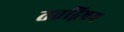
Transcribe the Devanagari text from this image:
तत्तद्विषय